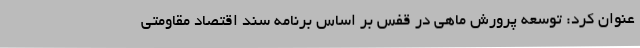
عنوان کرد: توسعه پرورش ماهی در قفس بر اساس برنامه سند اقتصاد مقاومتی